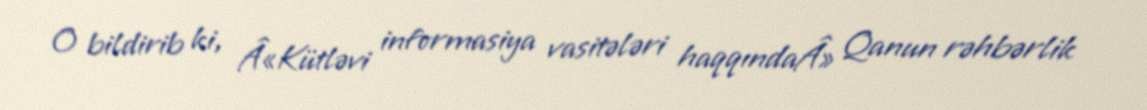
O bildirib ki, Â«Kütləvi informasiya vasitələri haqqındaÂ» Qanun rəhbərlik